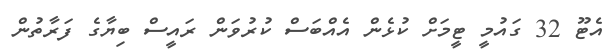
އެޓޫ 32 ގައުމީ ޓީމަށް ކުޅެން އެއްބަސް ކުރުވަން ރައީސް ބިޔާގެ ފަރާތުން